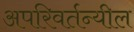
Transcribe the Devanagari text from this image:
अपरिवर्तन्यील